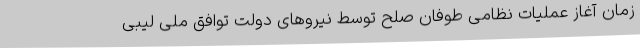
زمان آغاز عملیات نظامی طوفان صلح توسط نیروهای دولت توافق ملی لیبی